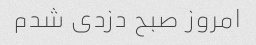
امروز صبح دزدی شدم